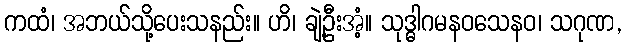
ကထံ၊ အဘယ်သို့ပေးသနည်း။ ဟိ၊ ချဲ့ဦးအံ့။ သုဒ္ဓါဂမနဝသေနဝ၊ သဂုဏ,